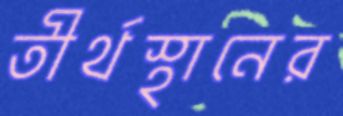
তীর্থস্থানের